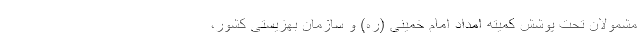
مشمولان تحت پوشش کمیته امداد امام خمینی (ره) و سازمان بهزیستی کشور،